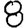
Digit: 8